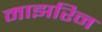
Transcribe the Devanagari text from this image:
माझरिन